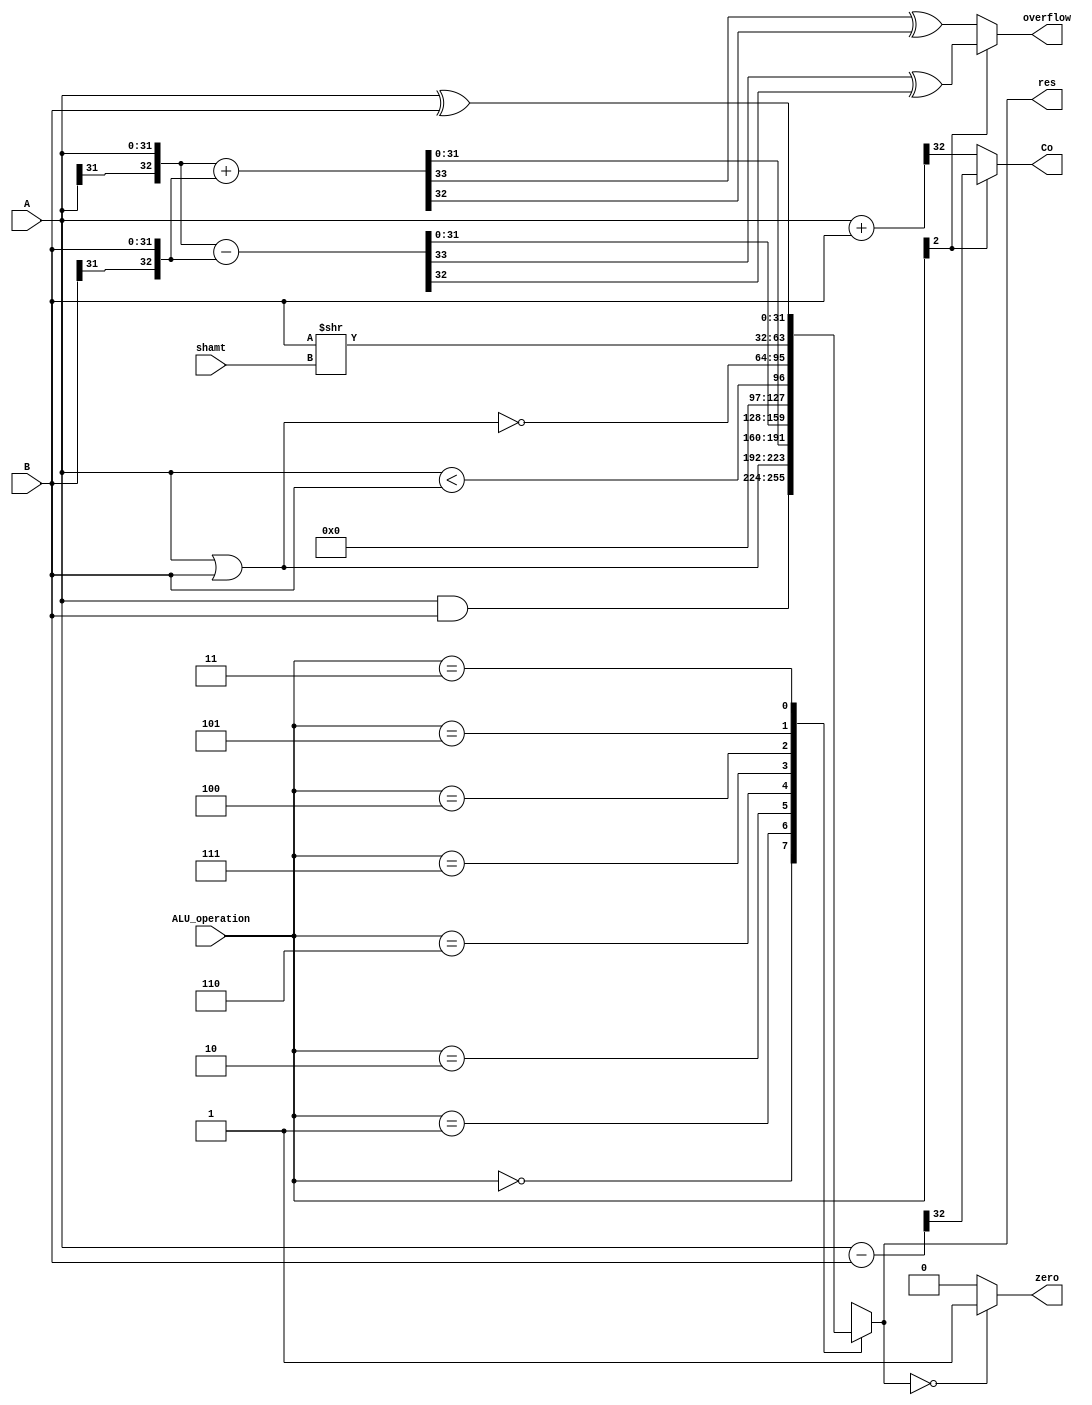
`timescale 1ns / 1ps
//////////////////////////////////////////////////////////////////////////////////
// Company:
// Engineer:
//
// Design Name:
// Module Name:    ALU_v
// Project Name:
// Target Devices:
// Tool versions:
// Description:
//
// Dependencies:
//
// Revision:
// Revision 0.01 - File Created
// Additional Comments:
//
//////////////////////////////////////////////////////////////////////////////////
module alu(input wire [2:0] ALU_operation,
			  input wire [31:0] A,
			  input wire [31:0] B,
			  input wire [4:0] shamt,
			  output reg [31:0] res,
			  output wire Co,			//not zero, carry out
			  output wire zero,		//wheter res == 0
			  output wire overflow	//overflow
    );
wire [31:0] res_and,res_or,res_add,res_sub,res_slt;
wire [31:0] res_nor,res_srl,res_xor;
wire [1:0] Co_add,Co_sub;			//for overflow
assign overflow = ALU_operation[2]?(Co_sub[1] ^ Co_sub[0]):(Co_add[1] ^ Co_add[0]);//110:subtract 010:add
//for carry out
wire carryout_add,carryout_sub;
//rubbish
wire [31:0] carryout_add_tmp,carryout_sub_tmp; 
assign {carryout_add,carryout_add_tmp} = {1'b0,A}+{1'b0,B};//wrong approach
assign {carryout_sub,carryout_sub_tmp} = {1'b0,A}-{1'b0,B};//wrong approach
assign Co = ALU_operation[2]? carryout_sub : carryout_add;

parameter one = 32'h00000001, zero_0 = 32'h00000000;

assign res_and = A & B;
assign res_or = A|B;
assign {Co_add[1:0],res_add[31:0]} = {A[31],A}+{B[31],B};
assign {Co_sub[1:0],res_sub[31:0]} = {A[31],A}-{B[31],B};
assign res_nor = ~(A | B);
assign res_srl = B >> shamt;
assign res_xor = A ^ B;
assign res_slt=((A) < (B));
always@ (*)
	case (ALU_operation)
		3'b000: res = res_and;//And
		3'b001: res = res_or;//Or
		3'b010: res = res_add;//Add,signed or unsigned 
		3'b110: res = res_sub;//Sub,signed or unsigned
		3'b111: res = res_slt;//set on less than
		3'b100: res = res_nor;//nor
		3'b101: res = res_srl ;//srl
		3'b011: res = res_xor ;//xor
	default: res = 32'hx;
endcase
assign zero = (res==0)? 1'b1: 1'b0;

endmodule